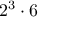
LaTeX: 2 ^ { 3 } \cdot 6